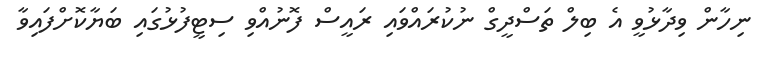
ނިހާން ވިދާޅުވީ އެ ބިލް ތަސްދީގް ނުކުރައްވައި ރައީސް ފޮނުއްވި ސިޓީފުޅުގައި ބަޔާކޮށްފައިވާ